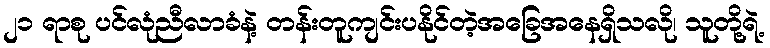
၂၁ ရာစု ပင်လုံညီလာခံနဲ့ တန်းတူကျင်းပနိုင်တဲ့အခြေအနေရှိသလို၊ သူတို့ရဲ့